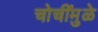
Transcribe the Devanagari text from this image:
चोचींमुळे